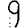
Digit: 9